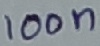
Text: 100n